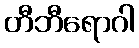
တီဘီရောဂါ